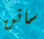
ساتن